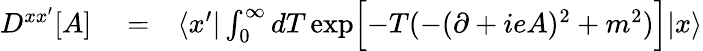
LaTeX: \begin{array}{rlr}{D^{xx^{\prime}}[A]}&{{}=}&{\langle x^{\prime}|\int_{0}^{\infty}dT\, \mathrm{exp}\Bigl\lbrack-T(-(\partial+ieA)^{2}+m^{2})\Bigr\rbrack|x\rangle}\end{array}